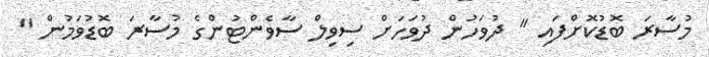
މުސާރަ ބޮޑުކޮށްފައި " ދުވަހުން ދުވަހަށް ސިވިލް ސާވެންޓުންގެ މުސާރަ ބޮޑުވަމުން "